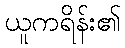
ယူကရိန်း၏